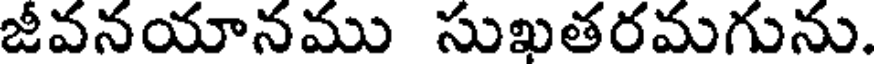
జీవనయానము సుఖతరమగును.